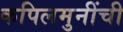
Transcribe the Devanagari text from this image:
कपिलमुनींची